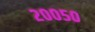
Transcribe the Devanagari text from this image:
२००५०